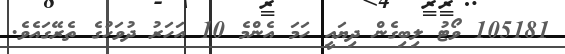
105181 ވޯޓު ލިބިގެން ދިޔައީ ހަމަ އެންމެ 10 އަހަރު ދުވަހުގެ ތެރޭގައެވެ.